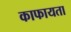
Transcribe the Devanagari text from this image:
काफायता